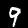
Label: 9